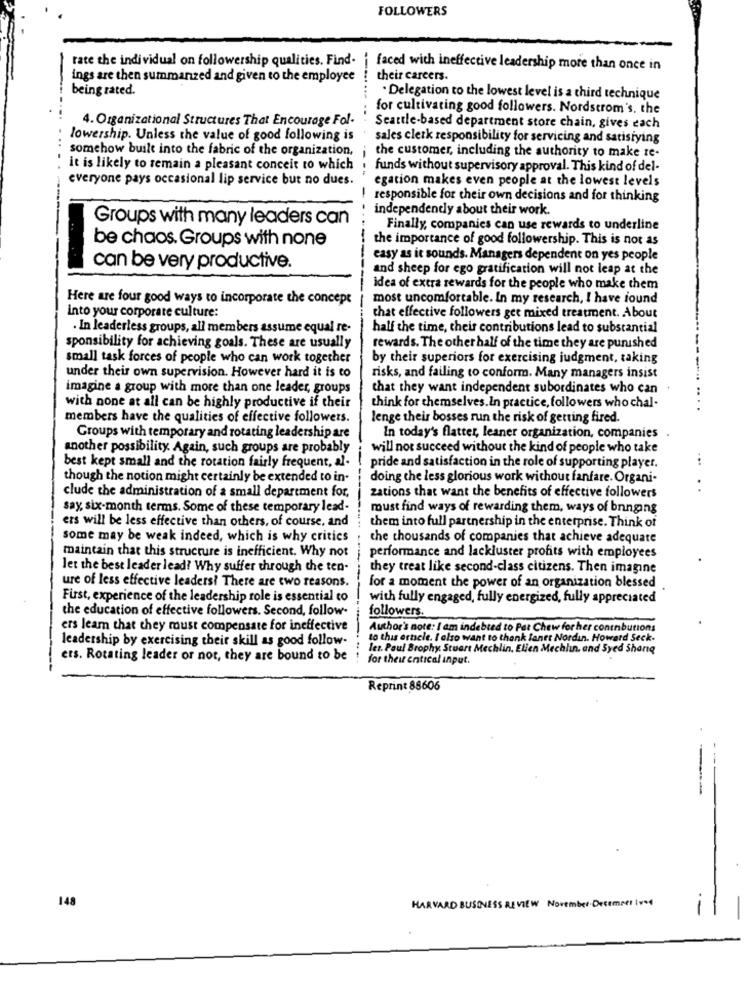
FOLLOWERS
rate the individual on followership qualities. Find- | faced with ineffective leadership more than once in
ings are then summarized and given to the employee
their careers.
being rated.
. Delegation to the lowest level is a third technique
for cultivating good followers. Nordstrom's. the
4. Organizational Structures That Encourage Fol-
Seattle-based department store chain, gives each
lowership. Unless the value of good following is
sales clerk responsibility for servicing and satisfying
somehow built into the fabric of the organization,i
the customer, including the authority to make Ie-
it is likely to remain a pleasant conceit to which
funds without supervisory approval. This kind of del-
everyone pays occasional lip service but no dues.
egation makes even people at the lowest levels
responsible for their own decisions and for thinking
independently about their work.
Groups with many leaders can
Finally, companies can use rewards to underline
the importance of good followership. This is not as
be chaos. Groups with none
easy as it sounds. Managers dependent on yes people
can be very productive.
and sheep for ego gratification will not leap at the
---
idea of extra rewards for the people who make them
Here are four good ways to incorporate the concept
most uncomfortable. In my research, I have found
into your corporate culture:
that effective followers get mixed treatment. About
. In leaderless groups, all members assume equal re-
half the time, their contributions lead to substantial
sponsibility for achieving goals. These are usually
rewards. The other half of the time they are punished
small task forces of people who can work together
by their superiors for exercising judgment, taking
under their own supervision. However hard it is to
risks, and failing to conform. Many managers insist
imagine a group with more than one leader, groups
that they want independent subordinates who can
with none at all can be highly productive if their
think for themselves. In practice, followers who chal-
members have the qualities of effective followers.
lenge their bosses run the risk of getting fired.
Groups with temporary and rotating leadership are
In today's flatter, leaner organization, companies
another possibility. Again, such groups are probably
will not succeed without the kind of people who take
...
best kept small and the rotation fairly frequent, al-
pride and satisfaction in the role of supporting player.
though the notion might certainly be extended to in-
doing the less glorious work without fanfare. Organi-
..
clude the administration of a small department for,
zations that want the benefits of effective followers
say six-month terms. Some of these temporary lead-
must find ways of rewarding them, ways of bnnong
ers will be less effective than others, of course, and
them into full partnership in the enterprise. Think of
some may be weak indeed, which is why critics
the thousands of companies that achieve adequate
maintain that this structure is inefficient. Why not
performance and lackluster profits with employees
let the best leader lead? Why suffer through the ten-
they treat like second-class citizens. Then imagine
ure of less effective leaders! There are two reasons.
for a moment the power of an organization blessed
First, experience of the leadership role is essential to
with fully engaged, fully energized, fully appreciated
the education of effective followers. Second, follow-
followers.
ers learn that they must compensate for ineffective
Author's note: I am indebted to Pat Chew for her contnbutions
leadership by exercising their skill as good follow-
to this article. I also want to thank lanet Nordin. Howard Seck.
les. Paul Brophy Stuart Mechlin. Elien Mechhin, and Syed Share
ers. Rotating leader or not, they are bound to be
for theu entical input.
Reprint 88606
148
HARVARD BUSINESS REVIEW November Decemeet Iv*4